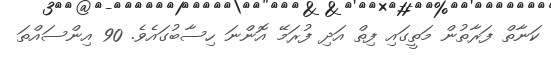
ކަނާތް ފަރާތުން މަތީގައި ފިތް އަދި ފުރަމޭ އޮންނަ ހިސާބުގައެވެ. 90 އިންސައްތަ